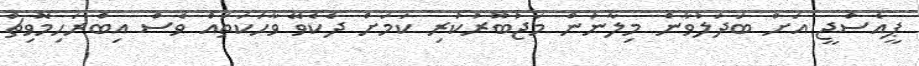
ޕީއެސްޖީ އަށް ބަދަލުވާން މިލާނުން މަޖުބޫރުކުރި ކަމަށް ދެކެވޭ ވާހަކަތައް ވެސް އިބްރަހިމޮވިޗް